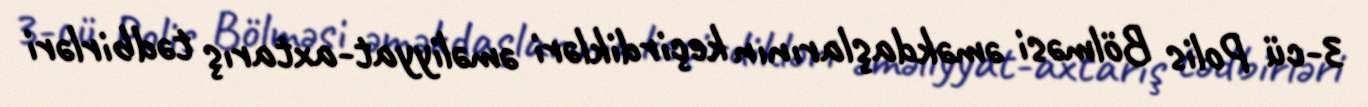
3-cü Polis Bölməsi əməkdaşlarının keçirdikləri əməliyyat-axtarış tədbirləri